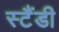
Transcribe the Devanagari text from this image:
स्टैंडी